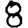
Digit: 8